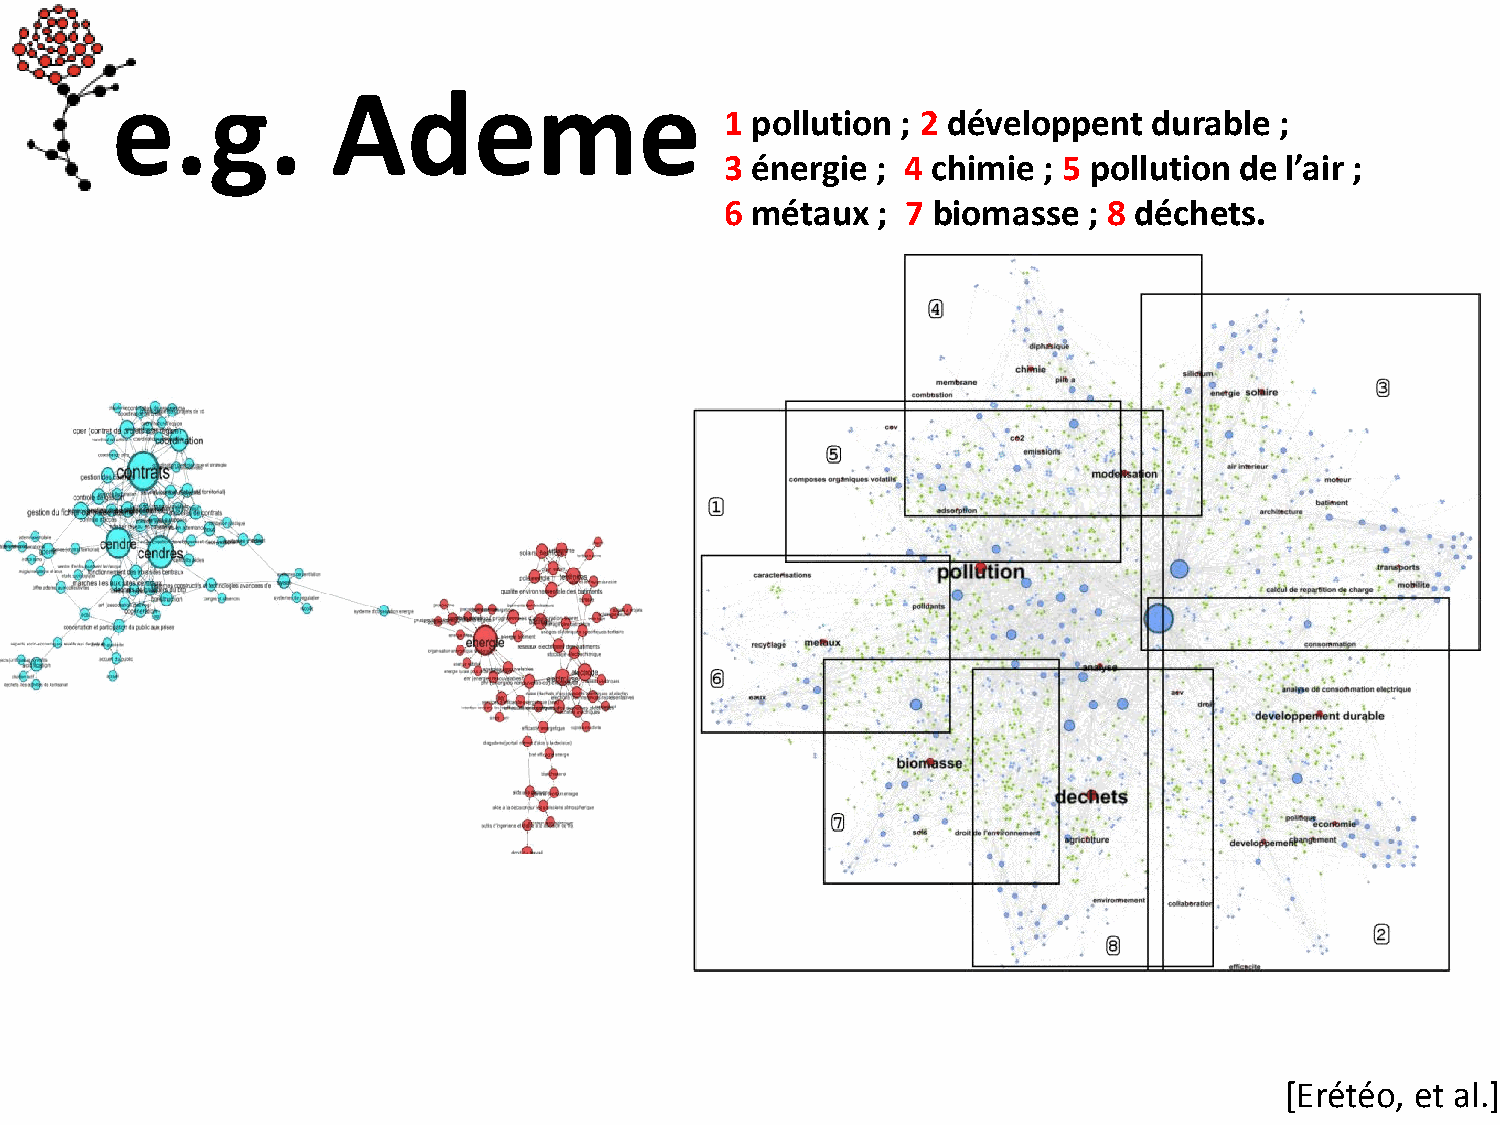
e.g.           Ademe
 1 pollution ; 2 développent durable  ;
 3 énergie ; 4 chimie ; 5 pollution de l’air ;
 6 métaux  ; 7 biomasse  ; 8 déchets.
 [Erétéo, et al.]